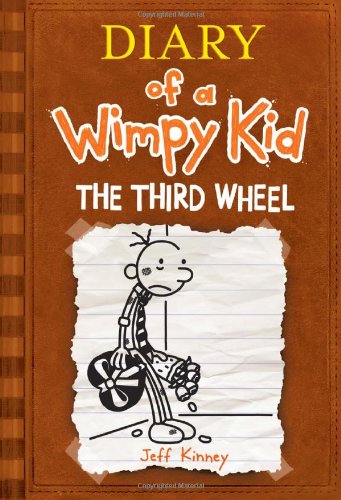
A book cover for The Third Wheel (Diary of a Wimpy Kid, Book 7); Jeff Kinney; Children's Books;